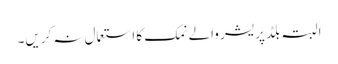
البتہ بلڈ پریشر والے نمک کا استعمال نہ کریں۔